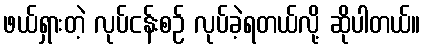
ဖယ်ရှားတဲ့ လုပ်ငန်းစဉ် လုပ်ခဲ့ရတယ်လို့ ဆိုပါတယ်။